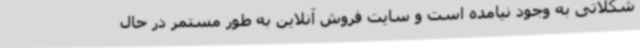
شکلاتی به وجود نیامده است و سایت فروش آنلاین به طور مستمر در حال